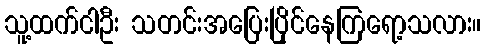
သူ့ထက်ငါဦး သတင်းအပြေးပြိုင်နေကြရော့သလား။